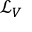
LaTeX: { \mathcal { L } } _ { V }